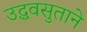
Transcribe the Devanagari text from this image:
उद्धवसुताने